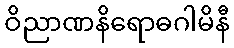
ဝိညာဏနိရောဓဂါမိနီ